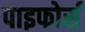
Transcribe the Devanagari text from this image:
पाइफोर्स